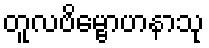
တူလဗိမ္ဗောဟနာသု